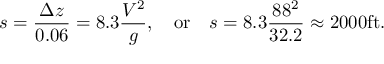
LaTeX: s = { \frac { \Delta z } { 0 . 0 6 } } = 8 . 3 { \frac { V ^ { 2 } } { g } } , \quad { \mathrm { o r } } \quad s = 8 . 3 { \frac { 8 8 ^ { 2 } } { 3 2 . 2 } } \approx 2 0 0 0 { \mathrm { f t } } .